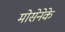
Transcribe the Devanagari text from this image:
मोसेनेके